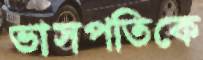
ভাসপতিকে